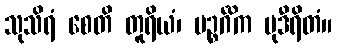
သုသိရံ စေတိ တူရိယံ၊ ပဉ္စင်္ဂိက မုဒီရိတံ။